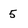
Character: 5